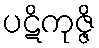
ပဋိကုဇ္ဇိ